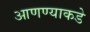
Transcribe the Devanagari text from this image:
आणण्याकडे